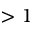
> 1